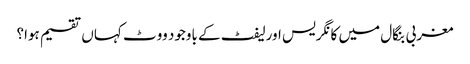
مغربی بنگال میں کانگریس اورلیفٹ کے باوجود ووٹ کہاں تقسیم ہوا؟